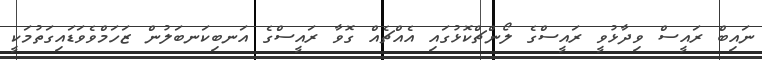
ނައިބް ރައީސް ވިދާޅުވީ ރައީސްގެ ލޯންޗްކޮޅުގައި އެއްޗެއް ގޮވާ ރައީސްގެ އަނބިކަނބަލުން ޒަހަމްވެވަޑައިގަތުމަކީ